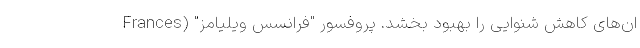
ان‌های کاهش شنوایی را بهبود بخشد. پروفسور "فرانسس ویلیامز" (Frances